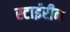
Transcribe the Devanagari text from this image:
स्टाईरीन